Report on certain features of malaria in the island of Salsette
Disease focus: Malaria
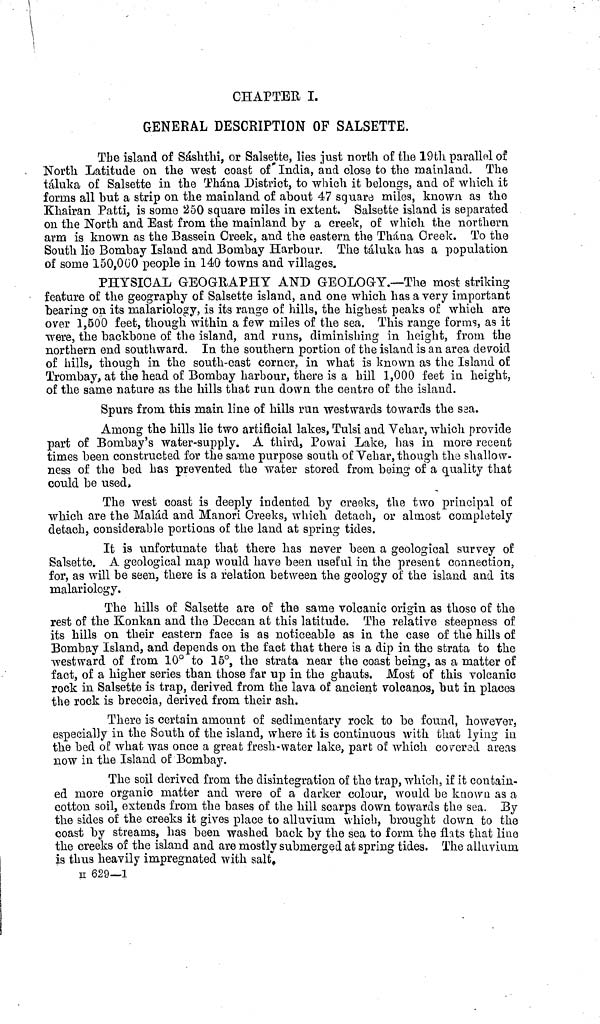
CHAPTER I.
GENERAL DESCRIPTION OF SALSETTE.
Tbe island of Sashthi, or Salsette, lies just north of the 19th parallel of
North Latitude on the west coast of India, and close to the mainland. The
táluka of Salsette in the Thana District, to which it belongs, and of which it
forms all but a strip on the mainland of about 47 square miles, known as the
Khairan Patti, is some 250 square miles in extent, Salsette island is separated
on the North and East from the mainland by a creek, of which the northern
arm is known as the Bassein Creek, and the eastern the Thána Creek. To the
South lie Bombay Island and Bombay Harbour. The taluka has a population
of some 150,000 people in 140 towns and villages.
PHYSICAL GEOGRAPHY AND GEOLOGY.—The most striking
feature of the geography of Salsette island, and one which has a very important
bearing on its malariology, is its range of hills, the highest peaks of which are
over 1,500 feet, though within a few miles of the sea, This range forms, as it
were, the backbone of the island, and runs, diminishing in height, from the
northern end southward. In the southern portion of the island is an area devoid
of hills, though in the south-east corner, in what is known as the Island of
Trombay, at the head of Bombay harbour, there is a hill 1,000 feet in height,
of the same nature as the hills that run down the centre of the island.
Spurs from this main line of hills run westwards towards the sea.
Among the hills lie two artificial lakes, Tulsi and Vehar, which provide
part of Bombay's water-supply. A third, Powai Lake, has in more recent
times been constructed for the same purpose south of Vehar, though the shallow-
ness of the bed has prevented the water stored from being of a quality that
could be used,
The west coast is deeply indented by creeks, the two principal of
which are the Malád and Manori Creeks, which detach, or almost completely
detach, considerable portions of the land at spring tides.
It is unfortunate that there has never been a geological survey of
Salsette. A geological map would have been useful in the present connection,
for, as will be seen, there is a relation between the geology of the island and its
malariology.
The hills of Salsette are of the same volcanic origin as those of the
rest of the Konkan and the Deccan at this latitude. The relative steepness of
its hills on their eastern face is as noticeable as in the case of the hills of
Bombay Island, and depends on the fact that there is a dip in the strata to the
westward of from 10° to 15°, the strata near the coast being, as a matter of
fact, of a higher series than those far up in the ghauts. Most of this volcanic
rock in Salsette is trap, derived from the lava of ancient volcanos, but in places
the rock is breccia, derived from their ash.
There is certain amount of sedimentary rock to be found, however,
especially in the South of the island, where it is continuous with that lying in
the bed of what was once a great fresh-water lake, part of which covered areas
now in the Island of Bombay.
The soil derived from the disintegration of the trap, which, if it contain-
ed more organic matter and were of a darker colour, would be known as a
cotton soil, extends from the bases of the hill scarps clown towards the sea. By
the sides of the creeks it gives place to alluvium, which, brought down to the
coast by streams, has been washed back by the sea to form the flats that line
the creeks of the island and are mostly submerged at spring tides. The alluvium
is thus heavily impregnated with salt.